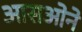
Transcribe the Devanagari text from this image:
आसओने